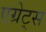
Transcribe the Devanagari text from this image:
एग्रेट्स